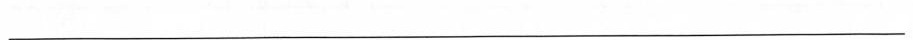
___